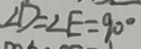
\angle D = \angle E = 9 0 ^ { \circ }